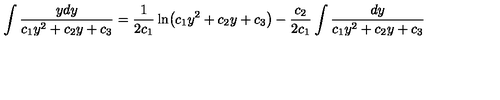
\int \frac { y d y } { c _ { 1 } y ^ { 2 } + c _ { 2 } y + c _ { 3 } } = \frac { 1 } { 2 c _ { 1 } } \ln \bigl ( c _ { 1 } y ^ { 2 } + c _ { 2 } y + c _ { 3 } \bigr ) - \frac { c _ { 2 } } { 2 c _ { 1 } } \int \frac { d y } { c _ { 1 } y ^ { 2 } + c _ { 2 } y + c _ { 3 } }